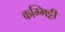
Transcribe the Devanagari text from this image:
कम्मिट्टी